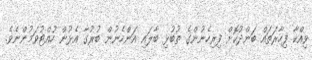
ވިއްކާ ފިހާރަތައް ބަންދުކޮށް ފިރިހެނުންގެ ތުބުޅި ބާލައި އަންހެނުން ބުރުގާ އެޅުން ހުއްޓުވަމުންނެވެ.